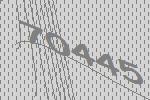
70445